Civil Veterinary Department Bengal reports 1933-51 - 1933-1951
Year: 1933
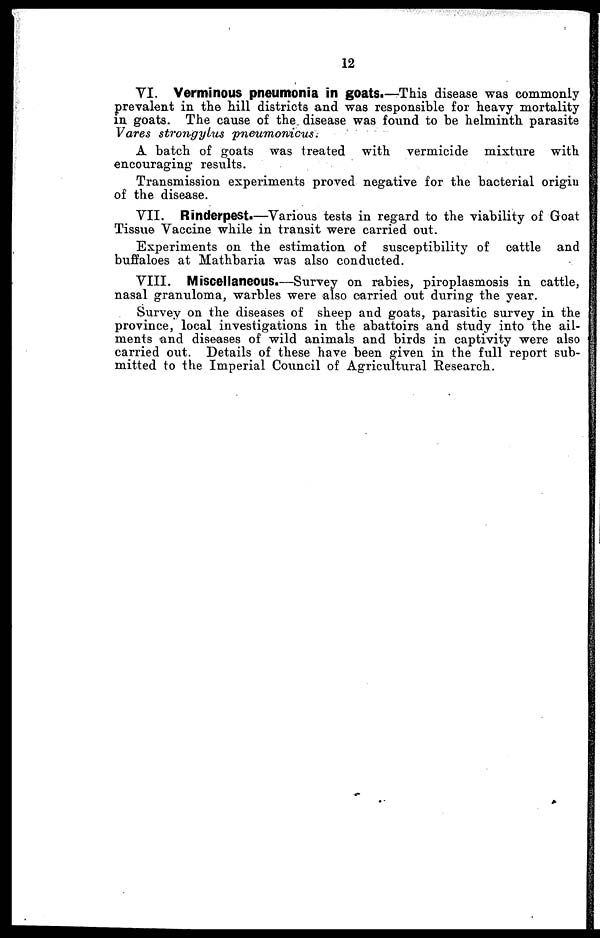
12
VI. Verminous pneumonia in goats.—This disease was commonly
prevalent in the hill districts and was responsible for heavy mortality
in goats. The cause of the. disease was found to be helminth parasite
Vares strongylus
pneumonicus:
A batch of goats was treated with vermicide mixture with
encouraging results.
Transmission experiments proved negative for the bacterial origin
of the disease.
VII. Rinderpest.—Various tests in regard to the viability of Goat
Tissue Vaccine while in transit were carried out.
Experiments on the estimation of susceptibility of cattle and
buffaloes at Mathbaria was also conducted.
VIII. Miscellaneous.—Survey on rabies, piroplasmosis in cattle,
nasal granuloma, warbles were also carried out during the year.
Survey on the diseases of sheep and goats, parasitic survey in the
province, local investigations in the abattoirs and study into the ail-
ments and diseases of wild animals and birds in captivity were also
carried out. Details of these have been given in the full report sub-
mitted to the Imperial Council of Agricultural Research.